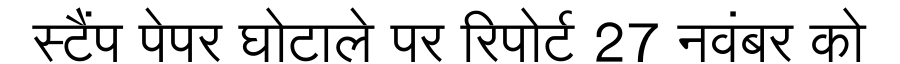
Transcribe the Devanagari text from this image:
स्टैंप पेपर घोटाले पर रिपोर्ट 27 नवंबर को